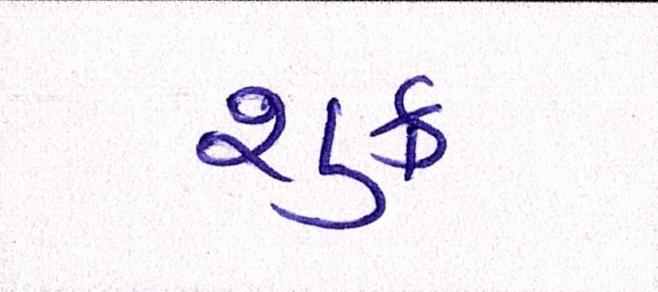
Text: શુક્ર